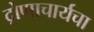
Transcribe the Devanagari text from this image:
द्रोणाचार्यचा